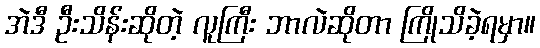
အဲဒီ ဦးသိန်းဆိုတဲ့ လူကြီး ဘာလဲဆိုတာ ကြိုသိခဲ့ရမှာ။